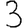
Digit: 3